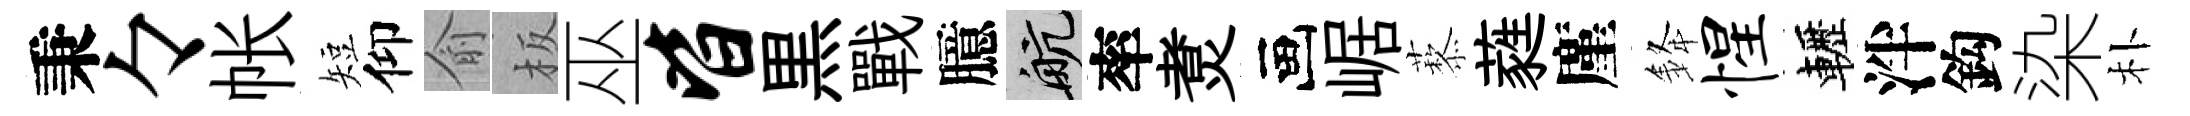
秉々帐短仰俞板巫皆黒戰臆航率煑画崌藜蕤廑𨦟惺轣泮鈎染朴